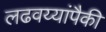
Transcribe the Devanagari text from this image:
लढवय्यांपैकी